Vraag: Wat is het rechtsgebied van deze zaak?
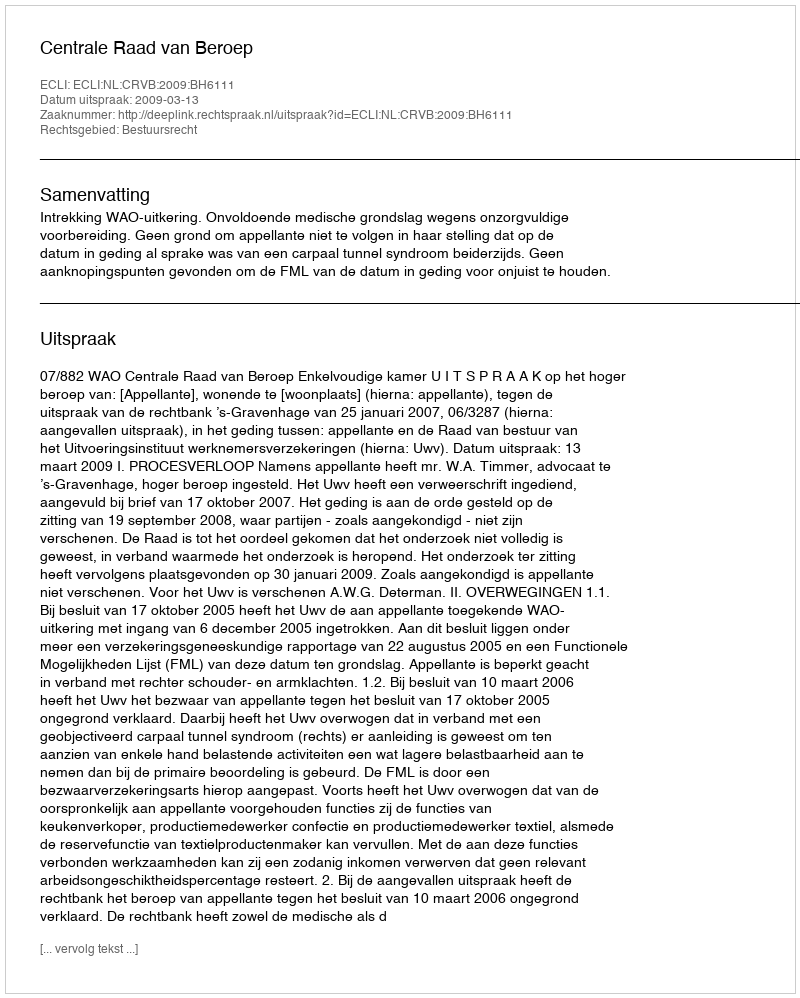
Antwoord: Bestuursrecht